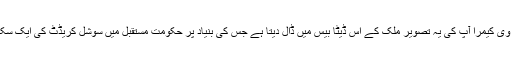
بلکہ آگے ہوتا یہ ہے کہ سی سی ٹی وی کیمرا آپ کی یہ تصویر ملک کے اس ڈیٹا بیس میں ڈال دیتا ہے جس کی بنیاد پر حکومت مستقبل میں سوشل کریڈٹ کی ایک سکیم شروع کرنے کا ارادہ رکھتی ہے۔